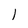
Character: 1